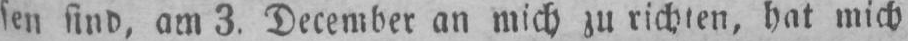
3. December an mich zu richten, hat mich